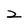
Character: 2